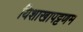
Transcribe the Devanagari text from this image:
यिशाखापट्टणम